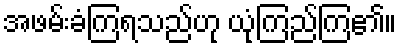
အဖမ်းခံကြရသည်ဟု ယုံကြည်ကြ၏။